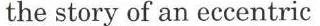
the story of an eccentric